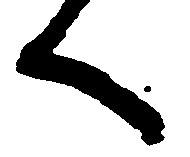
く